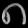
Digit: ၈